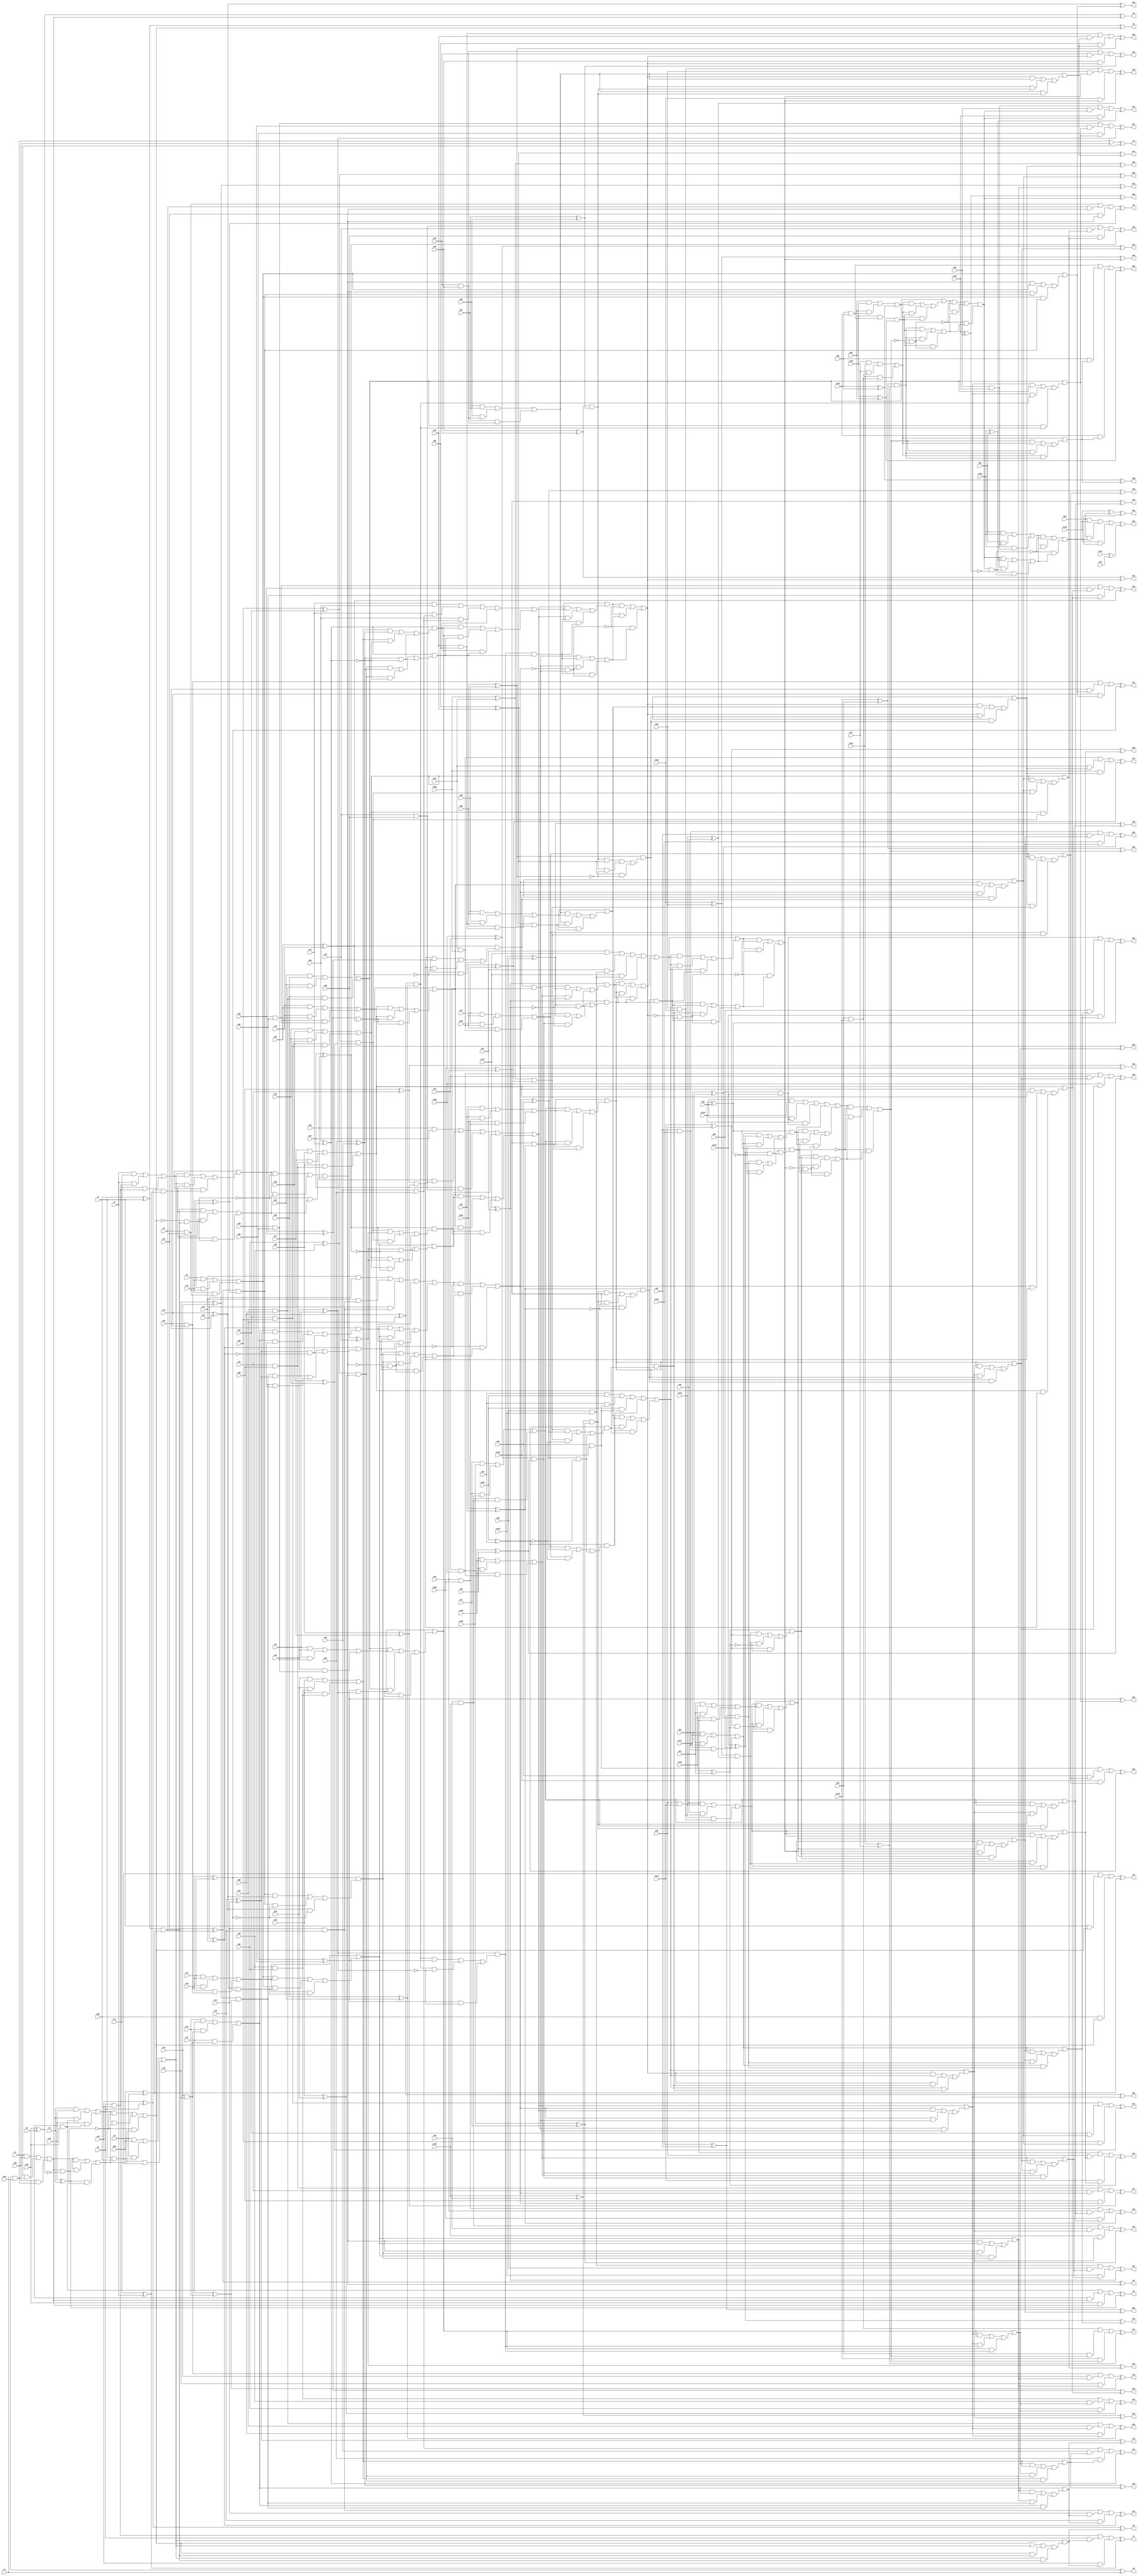
module top( x0 , x1 , x2 , x3 , x4 , x5 , x6 , x7 , x8 , x9 , x10 , x11 , x12 , x13 , x14 , x15 , x16 , x17 , x18 , x19 , x20 , x21 , x22 , x23 , x24 , x25 , x26 , x27 , x28 , x29 , x30 , x31 , x32 , x33 , x34 , x35 , x36 , x37 , x38 , x39 , x40 , x41 , x42 , x43 , x44 , x45 , x46 , x47 , x48 , x49 , x50 , x51 , x52 , x53 , x54 , x55 , x56 , x57 , x58 , x59 , x60 , x61 , x62 , x63 , x64 , x65 , x66 , x67 , x68 , x69 , x70 , x71 , x72 , x73 , x74 , x75 , x76 , x77 , x78 , x79 , x80 , x81 , x82 , x83 , x84 , x85 , x86 , x87 , x88 , x89 , x90 , x91 , x92 , x93 , x94 , x95 , x96 , x97 , x98 , x99 , x100 , x101 , x102 , x103 , x104 , x105 , x106 , x107 , x108 , x109 , x110 , x111 , x112 , x113 , x114 , x115 , x116 , x117 , x118 , x119 , x120 , x121 , x122 , x123 , x124 , x125 , x126 , x127 , y0 , y1 , y2 , y3 , y4 , y5 , y6 , y7 , y8 , y9 , y10 , y11 , y12 , y13 , y14 , y15 , y16 , y17 , y18 , y19 , y20 , y21 , y22 , y23 , y24 , y25 , y26 , y27 , y28 , y29 , y30 , y31 , y32 , y33 , y34 , y35 , y36 , y37 , y38 , y39 , y40 , y41 , y42 , y43 , y44 , y45 , y46 , y47 , y48 , y49 , y50 , y51 , y52 , y53 , y54 , y55 , y56 , y57 , y58 , y59 , y60 , y61 , y62 , y63 );
  input x0 , x1 , x2 , x3 , x4 , x5 , x6 , x7 , x8 , x9 , x10 , x11 , x12 , x13 , x14 , x15 , x16 , x17 , x18 , x19 , x20 , x21 , x22 , x23 , x24 , x25 , x26 , x27 , x28 , x29 , x30 , x31 , x32 , x33 , x34 , x35 , x36 , x37 , x38 , x39 , x40 , x41 , x42 , x43 , x44 , x45 , x46 , x47 , x48 , x49 , x50 , x51 , x52 , x53 , x54 , x55 , x56 , x57 , x58 , x59 , x60 , x61 , x62 , x63 , x64 , x65 , x66 , x67 , x68 , x69 , x70 , x71 , x72 , x73 , x74 , x75 , x76 , x77 , x78 , x79 , x80 , x81 , x82 , x83 , x84 , x85 , x86 , x87 , x88 , x89 , x90 , x91 , x92 , x93 , x94 , x95 , x96 , x97 , x98 , x99 , x100 , x101 , x102 , x103 , x104 , x105 , x106 , x107 , x108 , x109 , x110 , x111 , x112 , x113 , x114 , x115 , x116 , x117 , x118 , x119 , x120 , x121 , x122 , x123 , x124 , x125 , x126 , x127 ;
  output y0 , y1 , y2 , y3 , y4 , y5 , y6 , y7 , y8 , y9 , y10 , y11 , y12 , y13 , y14 , y15 , y16 , y17 , y18 , y19 , y20 , y21 , y22 , y23 , y24 , y25 , y26 , y27 , y28 , y29 , y30 , y31 , y32 , y33 , y34 , y35 , y36 , y37 , y38 , y39 , y40 , y41 , y42 , y43 , y44 , y45 , y46 , y47 , y48 , y49 , y50 , y51 , y52 , y53 , y54 , y55 , y56 , y57 , y58 , y59 , y60 , y61 , y62 , y63 ;
  wire n129 , n130 , n131 , n132 , n133 , n134 , n135 , n136 , n137 , n138 , n139 , n140 , n141 , n142 , n143 , n144 , n145 , n146 , n147 , n148 , n149 , n150 , n151 , n152 , n153 , n154 , n155 , n156 , n157 , n158 , n159 , n160 , n161 , n162 , n163 , n164 , n165 , n166 , n167 , n168 , n169 , n170 , n171 , n172 , n173 , n174 , n175 , n176 , n177 , n178 , n179 , n180 , n181 , n182 , n183 , n184 , n185 , n186 , n187 , n188 , n189 , n190 , n191 , n192 , n193 , n194 , n195 , n196 , n197 , n198 , n199 , n200 , n201 , n202 , n203 , n204 , n205 , n206 , n207 , n208 , n209 , n210 , n211 , n212 , n213 , n214 , n215 , n216 , n217 , n218 , n219 , n220 , n221 , n222 , n223 , n224 , n225 , n226 , n227 , n228 , n229 , n230 , n231 , n232 , n233 , n234 , n235 , n236 , n237 , n238 , n239 , n240 , n241 , n242 , n243 , n244 , n245 , n246 , n247 , n248 , n249 , n250 , n251 , n252 , n253 , n254 , n255 , n256 , n257 , n258 , n259 , n260 , n261 , n262 , n263 , n264 , n265 , n266 , n267 , n268 , n269 , n270 , n271 , n272 , n273 , n274 , n275 , n276 , n277 , n278 , n279 , n280 , n281 , n282 , n283 , n284 , n285 , n286 , n287 , n288 , n289 , n290 , n291 , n292 , n293 , n294 , n295 , n296 , n297 , n298 , n299 , n300 , n301 , n302 , n303 , n304 , n305 , n306 , n307 , n308 , n309 , n310 , n311 , n312 , n313 , n314 , n315 , n316 , n317 , n318 , n319 , n320 , n321 , n322 , n323 , n324 , n325 , n326 , n327 , n328 , n329 , n330 , n331 , n332 , n333 , n334 , n335 , n336 , n337 , n338 , n339 , n340 , n341 , n342 , n343 , n344 , n345 , n346 , n347 , n348 , n349 , n350 , n351 , n352 , n353 , n354 , n355 , n356 , n357 , n358 , n359 , n360 , n361 , n362 , n363 , n364 , n365 , n366 , n367 , n368 , n369 , n370 , n371 , n372 , n373 , n374 , n375 , n376 , n377 , n378 , n379 , n380 , n381 , n382 , n383 , n384 , n385 , n386 , n387 , n388 , n389 , n390 , n391 , n392 , n393 , n394 , n395 , n396 , n397 , n398 , n399 , n400 , n401 , n402 , n403 , n404 , n405 , n406 , n407 , n408 , n409 , n410 , n411 , n412 , n413 , n414 , n415 , n416 , n417 , n418 , n419 , n420 , n421 , n422 , n423 , n424 , n425 , n426 , n427 , n428 , n429 , n430 , n431 , n432 , n433 , n434 , n435 , n436 , n437 , n438 , n439 , n440 , n441 , n442 , n443 , n444 , n445 , n446 , n447 , n448 , n449 , n450 , n451 , n452 , n453 , n454 , n455 , n456 , n457 , n458 , n459 , n460 , n461 , n462 , n463 , n464 , n465 , n466 , n467 , n468 , n469 , n470 , n471 , n472 , n473 , n474 , n475 , n476 , n477 , n478 , n479 , n480 , n481 , n482 , n483 , n484 , n485 , n486 , n487 , n488 , n489 , n490 , n491 , n492 , n493 , n494 , n495 , n496 , n497 , n498 , n499 , n500 , n501 , n502 , n503 , n504 , n505 , n506 , n507 , n508 , n509 , n510 , n511 , n512 , n513 , n514 , n515 ;
  assign n129 = x64 ^ x0 ^ 1'b0 ;
  assign n130 = x0 & x64 ;
  assign n131 = n130 ^ x65 ^ x1 ;
  assign n133 = x66 ^ x2 ^ 1'b0 ;
  assign n132 = ( x1 & x65 ) | ( x1 & n130 ) | ( x65 & n130 ) ;
  assign n134 = n133 ^ n132 ^ 1'b0 ;
  assign n136 = ( x2 & x66 ) | ( x2 & n132 ) | ( x66 & n132 ) ;
  assign n135 = x67 ^ x3 ^ 1'b0 ;
  assign n137 = n136 ^ n135 ^ 1'b0 ;
  assign n143 = x68 ^ x4 ^ 1'b0 ;
  assign n138 = x2 & x66 ;
  assign n139 = ( x3 & x67 ) | ( x3 & n138 ) | ( x67 & n138 ) ;
  assign n140 = n132 & ~n133 ;
  assign n141 = ( n132 & n135 ) | ( n132 & n140 ) | ( n135 & n140 ) ;
  assign n142 = ( n139 & ~n140 ) | ( n139 & n141 ) | ( ~n140 & n141 ) ;
  assign n144 = n143 ^ n142 ^ 1'b0 ;
  assign n146 = ( x4 & x68 ) | ( x4 & n142 ) | ( x68 & n142 ) ;
  assign n145 = x69 ^ x5 ^ 1'b0 ;
  assign n147 = n146 ^ n145 ^ 1'b0 ;
  assign n153 = x70 ^ x6 ^ 1'b0 ;
  assign n148 = x4 & x68 ;
  assign n149 = ( x5 & x69 ) | ( x5 & n148 ) | ( x69 & n148 ) ;
  assign n150 = n143 & n145 ;
  assign n151 = ( n142 & n149 ) | ( n142 & n150 ) | ( n149 & n150 ) ;
  assign n152 = n149 | n151 ;
  assign n154 = n153 ^ n152 ^ 1'b0 ;
  assign n156 = ( x6 & x70 ) | ( x6 & n152 ) | ( x70 & n152 ) ;
  assign n155 = x71 ^ x7 ^ 1'b0 ;
  assign n157 = n156 ^ n155 ^ 1'b0 ;
  assign n166 = x72 ^ x8 ^ 1'b0 ;
  assign n158 = x6 & x70 ;
  assign n159 = ( x7 & x71 ) | ( x7 & n158 ) | ( x71 & n158 ) ;
  assign n160 = n153 & n155 ;
  assign n161 = ( n149 & n159 ) | ( n149 & n160 ) | ( n159 & n160 ) ;
  assign n162 = n159 | n161 ;
  assign n163 = ~n142 & n150 ;
  assign n164 = ( n150 & n160 ) | ( n150 & n163 ) | ( n160 & n163 ) ;
  assign n165 = ( n162 & ~n163 ) | ( n162 & n164 ) | ( ~n163 & n164 ) ;
  assign n167 = n166 ^ n165 ^ 1'b0 ;
  assign n169 = ( x8 & x72 ) | ( x8 & n165 ) | ( x72 & n165 ) ;
  assign n168 = x73 ^ x9 ^ 1'b0 ;
  assign n170 = n169 ^ n168 ^ 1'b0 ;
  assign n176 = x74 ^ x10 ^ 1'b0 ;
  assign n171 = x8 & x72 ;
  assign n172 = ( x9 & x73 ) | ( x9 & n171 ) | ( x73 & n171 ) ;
  assign n173 = n166 & n168 ;
  assign n174 = ( n165 & n172 ) | ( n165 & n173 ) | ( n172 & n173 ) ;
  assign n175 = n172 | n174 ;
  assign n177 = n176 ^ n175 ^ 1'b0 ;
  assign n179 = ( x10 & x74 ) | ( x10 & n175 ) | ( x74 & n175 ) ;
  assign n178 = x75 ^ x11 ^ 1'b0 ;
  assign n180 = n179 ^ n178 ^ 1'b0 ;
  assign n190 = x76 ^ x12 ^ 1'b0 ;
  assign n181 = x10 & x74 ;
  assign n182 = ( x11 & x75 ) | ( x11 & n181 ) | ( x75 & n181 ) ;
  assign n183 = n176 & n178 ;
  assign n184 = ( n172 & n182 ) | ( n172 & n183 ) | ( n182 & n183 ) ;
  assign n185 = n182 | n184 ;
  assign n186 = ( n173 & n176 ) | ( n173 & ~n178 ) | ( n176 & ~n178 ) ;
  assign n187 = n178 & n186 ;
  assign n188 = ( n165 & n185 ) | ( n165 & n187 ) | ( n185 & n187 ) ;
  assign n189 = n185 | n188 ;
  assign n191 = n190 ^ n189 ^ 1'b0 ;
  assign n193 = ( x12 & x76 ) | ( x12 & n189 ) | ( x76 & n189 ) ;
  assign n192 = x77 ^ x13 ^ 1'b0 ;
  assign n194 = n193 ^ n192 ^ 1'b0 ;
  assign n200 = x78 ^ x14 ^ 1'b0 ;
  assign n195 = x12 & x76 ;
  assign n196 = ( x13 & x77 ) | ( x13 & n195 ) | ( x77 & n195 ) ;
  assign n197 = n190 & n192 ;
  assign n198 = ( n189 & n196 ) | ( n189 & n197 ) | ( n196 & n197 ) ;
  assign n199 = n196 | n198 ;
  assign n201 = n200 ^ n199 ^ 1'b0 ;
  assign n203 = ( x14 & x78 ) | ( x14 & n199 ) | ( x78 & n199 ) ;
  assign n202 = x79 ^ x15 ^ 1'b0 ;
  assign n204 = n203 ^ n202 ^ 1'b0 ;
  assign n217 = x80 ^ x16 ^ 1'b0 ;
  assign n205 = x14 & x78 ;
  assign n206 = ( x15 & x79 ) | ( x15 & n205 ) | ( x79 & n205 ) ;
  assign n207 = ( n196 & n200 ) | ( n196 & ~n202 ) | ( n200 & ~n202 ) ;
  assign n208 = n202 & n207 ;
  assign n209 = n206 | n208 ;
  assign n210 = ( n197 & n200 ) | ( n197 & ~n202 ) | ( n200 & ~n202 ) ;
  assign n211 = n202 & n210 ;
  assign n212 = ( n185 & n208 ) | ( n185 & n211 ) | ( n208 & n211 ) ;
  assign n213 = n209 | n212 ;
  assign n214 = ~n165 & n187 ;
  assign n215 = ( n187 & n211 ) | ( n187 & n214 ) | ( n211 & n214 ) ;
  assign n216 = ( n213 & ~n214 ) | ( n213 & n215 ) | ( ~n214 & n215 ) ;
  assign n218 = n217 ^ n216 ^ 1'b0 ;
  assign n220 = ( x16 & x80 ) | ( x16 & n216 ) | ( x80 & n216 ) ;
  assign n219 = x81 ^ x17 ^ 1'b0 ;
  assign n221 = n220 ^ n219 ^ 1'b0 ;
  assign n227 = x82 ^ x18 ^ 1'b0 ;
  assign n222 = x16 & x80 ;
  assign n223 = ( x17 & x81 ) | ( x17 & n222 ) | ( x81 & n222 ) ;
  assign n224 = n217 & n219 ;
  assign n225 = ( n216 & n223 ) | ( n216 & n224 ) | ( n223 & n224 ) ;
  assign n226 = n223 | n225 ;
  assign n228 = n227 ^ n226 ^ 1'b0 ;
  assign n230 = ( x18 & x82 ) | ( x18 & n226 ) | ( x82 & n226 ) ;
  assign n229 = x83 ^ x19 ^ 1'b0 ;
  assign n231 = n230 ^ n229 ^ 1'b0 ;
  assign n241 = x84 ^ x20 ^ 1'b0 ;
  assign n232 = x18 & x82 ;
  assign n233 = ( x19 & x83 ) | ( x19 & n232 ) | ( x83 & n232 ) ;
  assign n234 = n227 & n229 ;
  assign n235 = ( n223 & n233 ) | ( n223 & n234 ) | ( n233 & n234 ) ;
  assign n236 = n233 | n235 ;
  assign n237 = ( n224 & n227 ) | ( n224 & ~n229 ) | ( n227 & ~n229 ) ;
  assign n238 = n229 & n237 ;
  assign n239 = ( n216 & n236 ) | ( n216 & n238 ) | ( n236 & n238 ) ;
  assign n240 = n236 | n239 ;
  assign n242 = n241 ^ n240 ^ 1'b0 ;
  assign n244 = ( x20 & x84 ) | ( x20 & n240 ) | ( x84 & n240 ) ;
  assign n243 = x85 ^ x21 ^ 1'b0 ;
  assign n245 = n244 ^ n243 ^ 1'b0 ;
  assign n251 = x86 ^ x22 ^ 1'b0 ;
  assign n246 = x20 & x84 ;
  assign n247 = ( x21 & x85 ) | ( x21 & n246 ) | ( x85 & n246 ) ;
  assign n248 = n241 & n243 ;
  assign n249 = ( n240 & n247 ) | ( n240 & n248 ) | ( n247 & n248 ) ;
  assign n250 = n247 | n249 ;
  assign n252 = n251 ^ n250 ^ 1'b0 ;
  assign n254 = ( x22 & x86 ) | ( x22 & n250 ) | ( x86 & n250 ) ;
  assign n253 = x87 ^ x23 ^ 1'b0 ;
  assign n255 = n254 ^ n253 ^ 1'b0 ;
  assign n268 = x88 ^ x24 ^ 1'b0 ;
  assign n256 = x22 & x86 ;
  assign n257 = ( x23 & x87 ) | ( x23 & n256 ) | ( x87 & n256 ) ;
  assign n258 = ( n247 & n251 ) | ( n247 & ~n253 ) | ( n251 & ~n253 ) ;
  assign n259 = n253 & n258 ;
  assign n260 = n257 | n259 ;
  assign n261 = ( n248 & n251 ) | ( n248 & ~n253 ) | ( n251 & ~n253 ) ;
  assign n262 = n253 & n261 ;
  assign n263 = ( n236 & n259 ) | ( n236 & n262 ) | ( n259 & n262 ) ;
  assign n264 = n260 | n263 ;
  assign n265 = n238 & n262 ;
  assign n266 = ( n216 & n264 ) | ( n216 & n265 ) | ( n264 & n265 ) ;
  assign n267 = n264 | n266 ;
  assign n269 = n268 ^ n267 ^ 1'b0 ;
  assign n271 = ( x24 & x88 ) | ( x24 & n267 ) | ( x88 & n267 ) ;
  assign n270 = x89 ^ x25 ^ 1'b0 ;
  assign n272 = n271 ^ n270 ^ 1'b0 ;
  assign n278 = x90 ^ x26 ^ 1'b0 ;
  assign n273 = x24 & x88 ;
  assign n274 = ( x25 & x89 ) | ( x25 & n273 ) | ( x89 & n273 ) ;
  assign n275 = n268 & n270 ;
  assign n276 = ( n267 & n274 ) | ( n267 & n275 ) | ( n274 & n275 ) ;
  assign n277 = n274 | n276 ;
  assign n279 = n278 ^ n277 ^ 1'b0 ;
  assign n281 = ( x26 & x90 ) | ( x26 & n277 ) | ( x90 & n277 ) ;
  assign n280 = x91 ^ x27 ^ 1'b0 ;
  assign n282 = n281 ^ n280 ^ 1'b0 ;
  assign n292 = x92 ^ x28 ^ 1'b0 ;
  assign n283 = x26 & x90 ;
  assign n284 = ( x27 & x91 ) | ( x27 & n283 ) | ( x91 & n283 ) ;
  assign n285 = n278 & n280 ;
  assign n286 = ( n274 & n284 ) | ( n274 & n285 ) | ( n284 & n285 ) ;
  assign n287 = n284 | n286 ;
  assign n288 = ( n275 & n278 ) | ( n275 & ~n280 ) | ( n278 & ~n280 ) ;
  assign n289 = n280 & n288 ;
  assign n290 = ( n267 & n287 ) | ( n267 & n289 ) | ( n287 & n289 ) ;
  assign n291 = n287 | n290 ;
  assign n293 = n292 ^ n291 ^ 1'b0 ;
  assign n295 = ( x28 & x92 ) | ( x28 & n291 ) | ( x92 & n291 ) ;
  assign n294 = x93 ^ x29 ^ 1'b0 ;
  assign n296 = n295 ^ n294 ^ 1'b0 ;
  assign n302 = x94 ^ x30 ^ 1'b0 ;
  assign n297 = x28 & x92 ;
  assign n298 = ( x29 & x93 ) | ( x29 & n297 ) | ( x93 & n297 ) ;
  assign n299 = n292 & n294 ;
  assign n300 = ( n291 & n298 ) | ( n291 & n299 ) | ( n298 & n299 ) ;
  assign n301 = n298 | n300 ;
  assign n303 = n302 ^ n301 ^ 1'b0 ;
  assign n305 = ( x30 & x94 ) | ( x30 & n301 ) | ( x94 & n301 ) ;
  assign n304 = x95 ^ x31 ^ 1'b0 ;
  assign n306 = n305 ^ n304 ^ 1'b0 ;
  assign n322 = x96 ^ x32 ^ 1'b0 ;
  assign n307 = x30 & x94 ;
  assign n308 = ( x31 & x95 ) | ( x31 & n307 ) | ( x95 & n307 ) ;
  assign n309 = ( n298 & n302 ) | ( n298 & ~n304 ) | ( n302 & ~n304 ) ;
  assign n310 = n304 & n309 ;
  assign n311 = n308 | n310 ;
  assign n312 = ( n299 & n302 ) | ( n299 & ~n304 ) | ( n302 & ~n304 ) ;
  assign n313 = n304 & n312 ;
  assign n314 = ( n287 & n310 ) | ( n287 & n313 ) | ( n310 & n313 ) ;
  assign n315 = n311 | n314 ;
  assign n316 = n289 & n313 ;
  assign n317 = ( n264 & n315 ) | ( n264 & n316 ) | ( n315 & n316 ) ;
  assign n318 = n315 | n317 ;
  assign n319 = ~n216 & n265 ;
  assign n320 = ( n265 & n316 ) | ( n265 & n319 ) | ( n316 & n319 ) ;
  assign n321 = ( n318 & ~n319 ) | ( n318 & n320 ) | ( ~n319 & n320 ) ;
  assign n323 = n322 ^ n321 ^ 1'b0 ;
  assign n325 = ( x32 & x96 ) | ( x32 & n321 ) | ( x96 & n321 ) ;
  assign n324 = x97 ^ x33 ^ 1'b0 ;
  assign n326 = n325 ^ n324 ^ 1'b0 ;
  assign n332 = x98 ^ x34 ^ 1'b0 ;
  assign n327 = x32 & x96 ;
  assign n328 = ( x33 & x97 ) | ( x33 & n327 ) | ( x97 & n327 ) ;
  assign n329 = n322 & n324 ;
  assign n330 = ( n321 & n328 ) | ( n321 & n329 ) | ( n328 & n329 ) ;
  assign n331 = n328 | n330 ;
  assign n333 = n332 ^ n331 ^ 1'b0 ;
  assign n335 = ( x34 & x98 ) | ( x34 & n331 ) | ( x98 & n331 ) ;
  assign n334 = x99 ^ x35 ^ 1'b0 ;
  assign n336 = n335 ^ n334 ^ 1'b0 ;
  assign n346 = x100 ^ x36 ^ 1'b0 ;
  assign n337 = x34 & x98 ;
  assign n338 = ( x35 & x99 ) | ( x35 & n337 ) | ( x99 & n337 ) ;
  assign n339 = n332 & n334 ;
  assign n340 = ( n328 & n338 ) | ( n328 & n339 ) | ( n338 & n339 ) ;
  assign n341 = n338 | n340 ;
  assign n342 = ( n329 & n332 ) | ( n329 & ~n334 ) | ( n332 & ~n334 ) ;
  assign n343 = n334 & n342 ;
  assign n344 = ( n321 & n341 ) | ( n321 & n343 ) | ( n341 & n343 ) ;
  assign n345 = n341 | n344 ;
  assign n347 = n346 ^ n345 ^ 1'b0 ;
  assign n349 = ( x36 & x100 ) | ( x36 & n345 ) | ( x100 & n345 ) ;
  assign n348 = x101 ^ x37 ^ 1'b0 ;
  assign n350 = n349 ^ n348 ^ 1'b0 ;
  assign n356 = x102 ^ x38 ^ 1'b0 ;
  assign n351 = x36 & x100 ;
  assign n352 = ( x37 & x101 ) | ( x37 & n351 ) | ( x101 & n351 ) ;
  assign n353 = n346 & n348 ;
  assign n354 = ( n345 & n352 ) | ( n345 & n353 ) | ( n352 & n353 ) ;
  assign n355 = n352 | n354 ;
  assign n357 = n356 ^ n355 ^ 1'b0 ;
  assign n359 = ( x38 & x102 ) | ( x38 & n355 ) | ( x102 & n355 ) ;
  assign n358 = x103 ^ x39 ^ 1'b0 ;
  assign n360 = n359 ^ n358 ^ 1'b0 ;
  assign n373 = x104 ^ x40 ^ 1'b0 ;
  assign n361 = x38 & x102 ;
  assign n362 = ( x39 & x103 ) | ( x39 & n361 ) | ( x103 & n361 ) ;
  assign n363 = ( n352 & n356 ) | ( n352 & ~n358 ) | ( n356 & ~n358 ) ;
  assign n364 = n358 & n363 ;
  assign n365 = n362 | n364 ;
  assign n366 = ( n353 & n356 ) | ( n353 & ~n358 ) | ( n356 & ~n358 ) ;
  assign n367 = n358 & n366 ;
  assign n368 = ( n341 & n364 ) | ( n341 & n367 ) | ( n364 & n367 ) ;
  assign n369 = n365 | n368 ;
  assign n370 = n343 & n367 ;
  assign n371 = ( n321 & n369 ) | ( n321 & n370 ) | ( n369 & n370 ) ;
  assign n372 = n369 | n371 ;
  assign n374 = n373 ^ n372 ^ 1'b0 ;
  assign n376 = ( x40 & x104 ) | ( x40 & n372 ) | ( x104 & n372 ) ;
  assign n375 = x105 ^ x41 ^ 1'b0 ;
  assign n377 = n376 ^ n375 ^ 1'b0 ;
  assign n383 = x106 ^ x42 ^ 1'b0 ;
  assign n378 = x40 & x104 ;
  assign n379 = ( x41 & x105 ) | ( x41 & n378 ) | ( x105 & n378 ) ;
  assign n380 = n373 & n375 ;
  assign n381 = ( n372 & n379 ) | ( n372 & n380 ) | ( n379 & n380 ) ;
  assign n382 = n379 | n381 ;
  assign n384 = n383 ^ n382 ^ 1'b0 ;
  assign n386 = ( x42 & x106 ) | ( x42 & n382 ) | ( x106 & n382 ) ;
  assign n385 = x107 ^ x43 ^ 1'b0 ;
  assign n387 = n386 ^ n385 ^ 1'b0 ;
  assign n397 = x108 ^ x44 ^ 1'b0 ;
  assign n388 = x42 & x106 ;
  assign n389 = ( x43 & x107 ) | ( x43 & n388 ) | ( x107 & n388 ) ;
  assign n390 = n383 & n385 ;
  assign n391 = ( n379 & n389 ) | ( n379 & n390 ) | ( n389 & n390 ) ;
  assign n392 = n389 | n391 ;
  assign n393 = ( n380 & n383 ) | ( n380 & ~n385 ) | ( n383 & ~n385 ) ;
  assign n394 = n385 & n393 ;
  assign n395 = ( n372 & n392 ) | ( n372 & n394 ) | ( n392 & n394 ) ;
  assign n396 = n392 | n395 ;
  assign n398 = n397 ^ n396 ^ 1'b0 ;
  assign n400 = ( x44 & x108 ) | ( x44 & n396 ) | ( x108 & n396 ) ;
  assign n399 = x109 ^ x45 ^ 1'b0 ;
  assign n401 = n400 ^ n399 ^ 1'b0 ;
  assign n407 = x110 ^ x46 ^ 1'b0 ;
  assign n402 = x44 & x108 ;
  assign n403 = ( x45 & x109 ) | ( x45 & n402 ) | ( x109 & n402 ) ;
  assign n404 = n397 & n399 ;
  assign n405 = ( n396 & n403 ) | ( n396 & n404 ) | ( n403 & n404 ) ;
  assign n406 = n403 | n405 ;
  assign n408 = n407 ^ n406 ^ 1'b0 ;
  assign n410 = ( x46 & x110 ) | ( x46 & n406 ) | ( x110 & n406 ) ;
  assign n409 = x111 ^ x47 ^ 1'b0 ;
  assign n411 = n410 ^ n409 ^ 1'b0 ;
  assign n427 = x112 ^ x48 ^ 1'b0 ;
  assign n412 = x46 & x110 ;
  assign n413 = ( x47 & x111 ) | ( x47 & n412 ) | ( x111 & n412 ) ;
  assign n414 = ( n403 & n407 ) | ( n403 & ~n409 ) | ( n407 & ~n409 ) ;
  assign n415 = n409 & n414 ;
  assign n416 = n413 | n415 ;
  assign n417 = ( n404 & n407 ) | ( n404 & ~n409 ) | ( n407 & ~n409 ) ;
  assign n418 = n409 & n417 ;
  assign n419 = ( n392 & n415 ) | ( n392 & n418 ) | ( n415 & n418 ) ;
  assign n420 = n416 | n419 ;
  assign n421 = n394 & n418 ;
  assign n422 = ( n369 & n420 ) | ( n369 & n421 ) | ( n420 & n421 ) ;
  assign n423 = n420 | n422 ;
  assign n424 = ~n321 & n370 ;
  assign n425 = ( n370 & n421 ) | ( n370 & n424 ) | ( n421 & n424 ) ;
  assign n426 = ( n423 & ~n424 ) | ( n423 & n425 ) | ( ~n424 & n425 ) ;
  assign n428 = n427 ^ n426 ^ 1'b0 ;
  assign n430 = ( x48 & x112 ) | ( x48 & n426 ) | ( x112 & n426 ) ;
  assign n429 = x113 ^ x49 ^ 1'b0 ;
  assign n431 = n430 ^ n429 ^ 1'b0 ;
  assign n437 = x114 ^ x50 ^ 1'b0 ;
  assign n432 = x48 & x112 ;
  assign n433 = ( x49 & x113 ) | ( x49 & n432 ) | ( x113 & n432 ) ;
  assign n434 = n427 & n429 ;
  assign n435 = ( n426 & n433 ) | ( n426 & n434 ) | ( n433 & n434 ) ;
  assign n436 = n433 | n435 ;
  assign n438 = n437 ^ n436 ^ 1'b0 ;
  assign n440 = ( x50 & x114 ) | ( x50 & n436 ) | ( x114 & n436 ) ;
  assign n439 = x115 ^ x51 ^ 1'b0 ;
  assign n441 = n440 ^ n439 ^ 1'b0 ;
  assign n451 = x116 ^ x52 ^ 1'b0 ;
  assign n442 = x50 & x114 ;
  assign n443 = ( x51 & x115 ) | ( x51 & n442 ) | ( x115 & n442 ) ;
  assign n444 = n437 & n439 ;
  assign n445 = ( n433 & n443 ) | ( n433 & n444 ) | ( n443 & n444 ) ;
  assign n446 = n443 | n445 ;
  assign n447 = ( n434 & n437 ) | ( n434 & ~n439 ) | ( n437 & ~n439 ) ;
  assign n448 = n439 & n447 ;
  assign n449 = ( n426 & n446 ) | ( n426 & n448 ) | ( n446 & n448 ) ;
  assign n450 = n446 | n449 ;
  assign n452 = n451 ^ n450 ^ 1'b0 ;
  assign n454 = ( x52 & x116 ) | ( x52 & n450 ) | ( x116 & n450 ) ;
  assign n453 = x117 ^ x53 ^ 1'b0 ;
  assign n455 = n454 ^ n453 ^ 1'b0 ;
  assign n461 = x118 ^ x54 ^ 1'b0 ;
  assign n456 = x52 & x116 ;
  assign n457 = ( x53 & x117 ) | ( x53 & n456 ) | ( x117 & n456 ) ;
  assign n458 = n451 & n453 ;
  assign n459 = ( n450 & n457 ) | ( n450 & n458 ) | ( n457 & n458 ) ;
  assign n460 = n457 | n459 ;
  assign n462 = n461 ^ n460 ^ 1'b0 ;
  assign n464 = ( x54 & x118 ) | ( x54 & n460 ) | ( x118 & n460 ) ;
  assign n463 = x119 ^ x55 ^ 1'b0 ;
  assign n465 = n464 ^ n463 ^ 1'b0 ;
  assign n478 = x120 ^ x56 ^ 1'b0 ;
  assign n466 = x54 & x118 ;
  assign n467 = ( x55 & x119 ) | ( x55 & n466 ) | ( x119 & n466 ) ;
  assign n468 = ( n457 & n461 ) | ( n457 & ~n463 ) | ( n461 & ~n463 ) ;
  assign n469 = n463 & n468 ;
  assign n470 = n467 | n469 ;
  assign n471 = ( n458 & n461 ) | ( n458 & ~n463 ) | ( n461 & ~n463 ) ;
  assign n472 = n463 & n471 ;
  assign n473 = ( n446 & n469 ) | ( n446 & n472 ) | ( n469 & n472 ) ;
  assign n474 = n470 | n473 ;
  assign n475 = ~n426 & n448 ;
  assign n476 = ( n448 & n472 ) | ( n448 & n475 ) | ( n472 & n475 ) ;
  assign n477 = ( n474 & ~n475 ) | ( n474 & n476 ) | ( ~n475 & n476 ) ;
  assign n479 = n478 ^ n477 ^ 1'b0 ;
  assign n481 = ( x56 & x120 ) | ( x56 & n477 ) | ( x120 & n477 ) ;
  assign n480 = x121 ^ x57 ^ 1'b0 ;
  assign n482 = n481 ^ n480 ^ 1'b0 ;
  assign n488 = x122 ^ x58 ^ 1'b0 ;
  assign n483 = x56 & x120 ;
  assign n484 = ( x57 & x121 ) | ( x57 & n483 ) | ( x121 & n483 ) ;
  assign n485 = n478 & n480 ;
  assign n486 = ( n477 & n484 ) | ( n477 & n485 ) | ( n484 & n485 ) ;
  assign n487 = n484 | n486 ;
  assign n489 = n488 ^ n487 ^ 1'b0 ;
  assign n491 = ( x58 & x122 ) | ( x58 & n487 ) | ( x122 & n487 ) ;
  assign n490 = x123 ^ x59 ^ 1'b0 ;
  assign n492 = n491 ^ n490 ^ 1'b0 ;
  assign n501 = x124 ^ x60 ^ 1'b0 ;
  assign n493 = x58 & x122 ;
  assign n494 = ( x59 & x123 ) | ( x59 & n493 ) | ( x123 & n493 ) ;
  assign n495 = n488 & n490 ;
  assign n496 = ( n484 & n494 ) | ( n484 & n495 ) | ( n494 & n495 ) ;
  assign n497 = n494 | n496 ;
  assign n498 = ~n477 & n485 ;
  assign n499 = ( n485 & n495 ) | ( n485 & n498 ) | ( n495 & n498 ) ;
  assign n500 = ( n497 & ~n498 ) | ( n497 & n499 ) | ( ~n498 & n499 ) ;
  assign n502 = n501 ^ n500 ^ 1'b0 ;
  assign n504 = ( x60 & x124 ) | ( x60 & n500 ) | ( x124 & n500 ) ;
  assign n503 = x125 ^ x61 ^ 1'b0 ;
  assign n505 = n504 ^ n503 ^ 1'b0 ;
  assign n511 = x126 ^ x62 ^ 1'b0 ;
  assign n506 = x60 & x124 ;
  assign n507 = ( x61 & x125 ) | ( x61 & n506 ) | ( x125 & n506 ) ;
  assign n508 = n500 & ~n501 ;
  assign n509 = ( n500 & n503 ) | ( n500 & n508 ) | ( n503 & n508 ) ;
  assign n510 = ( n507 & ~n508 ) | ( n507 & n509 ) | ( ~n508 & n509 ) ;
  assign n512 = n511 ^ n510 ^ 1'b0 ;
  assign n514 = ( x62 & x126 ) | ( x62 & n510 ) | ( x126 & n510 ) ;
  assign n513 = x127 ^ x63 ^ 1'b0 ;
  assign n515 = n514 ^ n513 ^ 1'b0 ;
  assign y0 = n129 ;
  assign y1 = n131 ;
  assign y2 = n134 ;
  assign y3 = n137 ;
  assign y4 = n144 ;
  assign y5 = n147 ;
  assign y6 = n154 ;
  assign y7 = n157 ;
  assign y8 = n167 ;
  assign y9 = n170 ;
  assign y10 = n177 ;
  assign y11 = n180 ;
  assign y12 = n191 ;
  assign y13 = n194 ;
  assign y14 = n201 ;
  assign y15 = n204 ;
  assign y16 = n218 ;
  assign y17 = n221 ;
  assign y18 = n228 ;
  assign y19 = n231 ;
  assign y20 = n242 ;
  assign y21 = n245 ;
  assign y22 = n252 ;
  assign y23 = n255 ;
  assign y24 = n269 ;
  assign y25 = n272 ;
  assign y26 = n279 ;
  assign y27 = n282 ;
  assign y28 = n293 ;
  assign y29 = n296 ;
  assign y30 = n303 ;
  assign y31 = n306 ;
  assign y32 = n323 ;
  assign y33 = n326 ;
  assign y34 = n333 ;
  assign y35 = n336 ;
  assign y36 = n347 ;
  assign y37 = n350 ;
  assign y38 = n357 ;
  assign y39 = n360 ;
  assign y40 = n374 ;
  assign y41 = n377 ;
  assign y42 = n384 ;
  assign y43 = n387 ;
  assign y44 = n398 ;
  assign y45 = n401 ;
  assign y46 = n408 ;
  assign y47 = n411 ;
  assign y48 = n428 ;
  assign y49 = n431 ;
  assign y50 = n438 ;
  assign y51 = n441 ;
  assign y52 = n452 ;
  assign y53 = n455 ;
  assign y54 = n462 ;
  assign y55 = n465 ;
  assign y56 = n479 ;
  assign y57 = n482 ;
  assign y58 = n489 ;
  assign y59 = n492 ;
  assign y60 = n502 ;
  assign y61 = n505 ;
  assign y62 = n512 ;
  assign y63 = n515 ;
endmodule